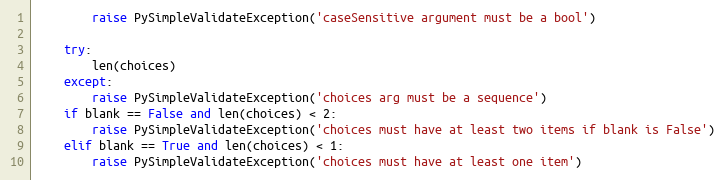
Language: Python
        raise PySimpleValidateException('caseSensitive argument must be a bool')

    try:
        len(choices)
    except:
        raise PySimpleValidateException('choices arg must be a sequence')
    if blank == False and len(choices) < 2:
        raise PySimpleValidateException('choices must have at least two items if blank is False')
    elif blank == True and len(choices) < 1:
        raise PySimpleValidateException('choices must have at least one item')